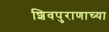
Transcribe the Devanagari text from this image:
शिवपुराणाच्या